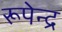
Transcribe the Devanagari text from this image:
रूपेन्द्र